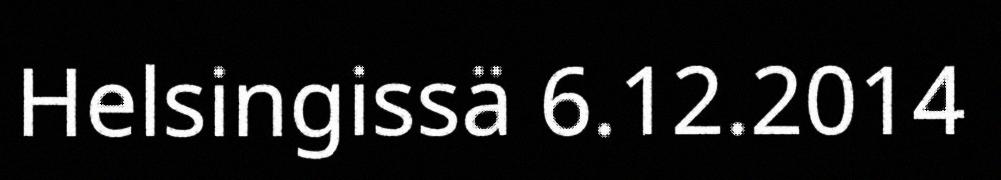
Helsingissä 6.12.2014